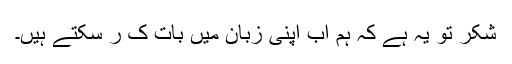
شکر تو یہ ہے کہ ہم اب اپنی زبان میں بات ک ر سکتے ہیں۔